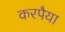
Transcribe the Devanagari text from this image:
करपैया